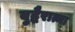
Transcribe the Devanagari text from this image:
बुद्धैरात्मा